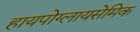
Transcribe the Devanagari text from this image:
हायपोग्लायसेमिक